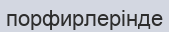
порфирлерінде